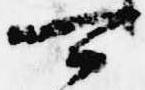
可